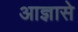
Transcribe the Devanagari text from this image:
आज्ञासे